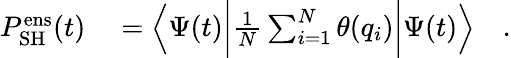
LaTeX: \begin{array}{rl}{P_{\mathrm{SH}}^{\mathrm{ens}}(t)}&{{}=\left\langle\Psi(t)\bigg\vert\frac{1}{N}\sum_{i=1}^{N}\theta(q_{i})\bigg\vert\Psi(t)\right\rangle\quad.}\end{array}